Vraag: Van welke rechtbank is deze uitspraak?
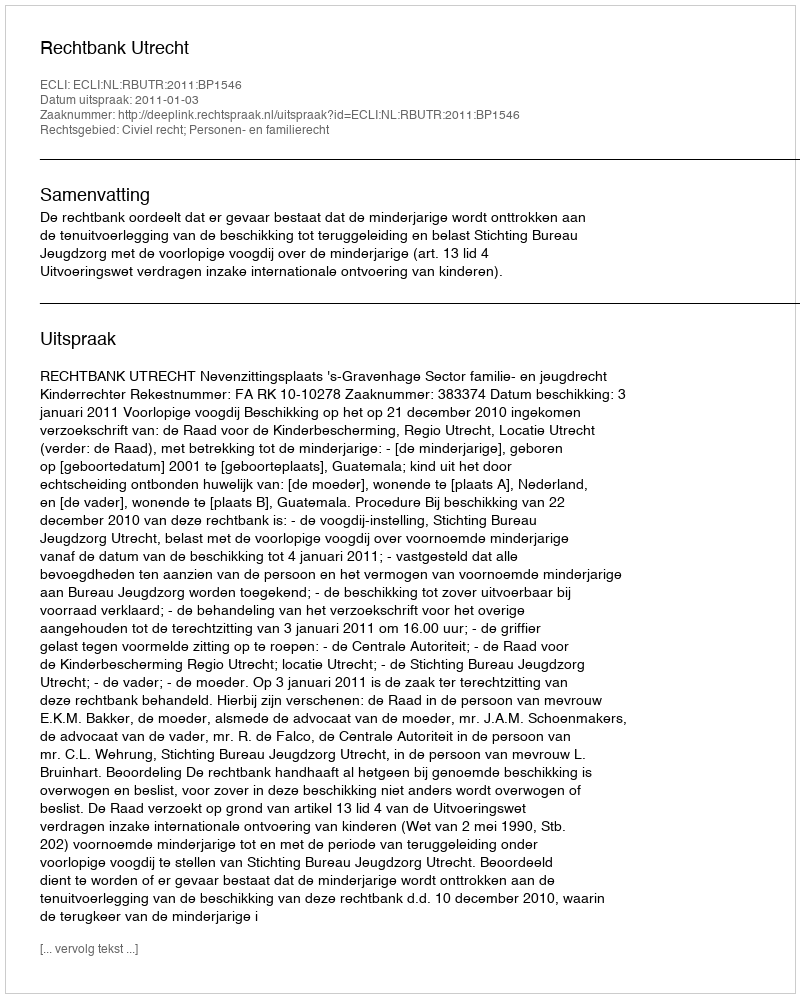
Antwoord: Rechtbank Utrecht